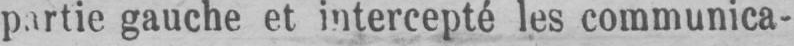
gauche et intercepté les communica-